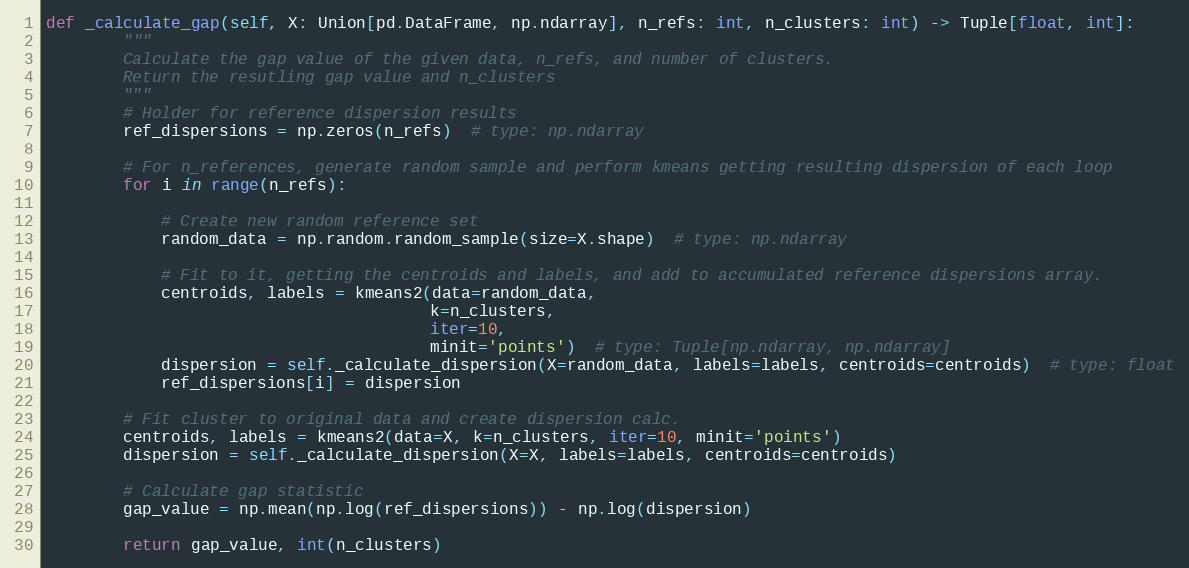
Language: Python
def _calculate_gap(self, X: Union[pd.DataFrame, np.ndarray], n_refs: int, n_clusters: int) -> Tuple[float, int]:
        """
        Calculate the gap value of the given data, n_refs, and number of clusters.
        Return the resutling gap value and n_clusters
        """
        # Holder for reference dispersion results
        ref_dispersions = np.zeros(n_refs)  # type: np.ndarray

        # For n_references, generate random sample and perform kmeans getting resulting dispersion of each loop
        for i in range(n_refs):

            # Create new random reference set
            random_data = np.random.random_sample(size=X.shape)  # type: np.ndarray

            # Fit to it, getting the centroids and labels, and add to accumulated reference dispersions array.
            centroids, labels = kmeans2(data=random_data,
                                        k=n_clusters,
                                        iter=10,
                                        minit='points')  # type: Tuple[np.ndarray, np.ndarray]
            dispersion = self._calculate_dispersion(X=random_data, labels=labels, centroids=centroids)  # type: float
            ref_dispersions[i] = dispersion

        # Fit cluster to original data and create dispersion calc.
        centroids, labels = kmeans2(data=X, k=n_clusters, iter=10, minit='points')
        dispersion = self._calculate_dispersion(X=X, labels=labels, centroids=centroids)

        # Calculate gap statistic
        gap_value = np.mean(np.log(ref_dispersions)) - np.log(dispersion)

        return gap_value, int(n_clusters)